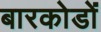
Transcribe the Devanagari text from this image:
बारकोडों